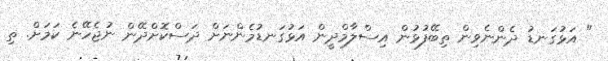
" އަޅުގަނޑު ދެންނެވިން ތިބޭފުޅުން އިސްލާމްދީން އަޅުގަނޑުމެންނަށް ދަސްކޮށްދޭން ނުޖެހޭނެ ކަމަށް. ތި